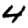
Digit: 4